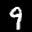
Label: 9